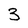
Character: 3